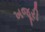
ખજૂરી